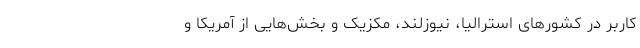
کاربر در کشورهای استرالیا، نیوزلند، مکزیک و بخش‌هایی از آمریکا و